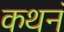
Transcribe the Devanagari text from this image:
कथनं